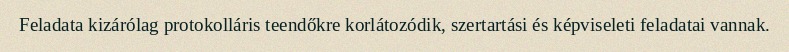
Feladata kizárólag protokolláris teendőkre korlátozódik, szertartási és képviseleti feladatai vannak.